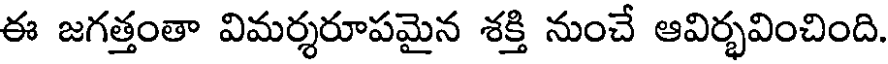
ఈ జగత్తంతా విమర్శరూపమైన శక్తి నుంచే ఆవిర్భవించింది.